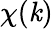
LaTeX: \chi(\mathit{k})